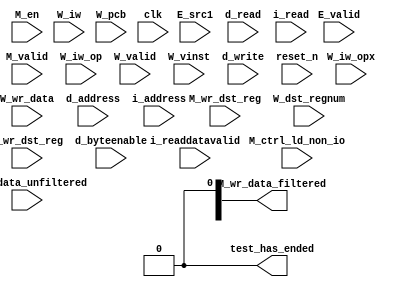
//Legal Notice: (C)2020 Altera Corporation. All rights reserved.  Your
//use of Altera Corporation's design tools, logic functions and other
//software and tools, and its AMPP partner logic functions, and any
//output files any of the foregoing (including device programming or
//simulation files), and any associated documentation or information are
//expressly subject to the terms and conditions of the Altera Program
//License Subscription Agreement or other applicable license agreement,
//including, without limitation, that your use is for the sole purpose
//of programming logic devices manufactured by Altera and sold by Altera
//or its authorized distributors.  Please refer to the applicable
//agreement for further details.

// synthesis translate_off
`timescale 1ns / 1ps
// synthesis translate_on

// turn off superfluous verilog processor warnings 
// altera message_level Level1 
// altera message_off 10034 10035 10036 10037 10230 10240 10030 

module nios_system_nios2_test_bench (
                                      // inputs:
                                       E_src1,
                                       E_valid,
                                       M_ctrl_ld_non_io,
                                       M_en,
                                       M_valid,
                                       M_wr_data_unfiltered,
                                       M_wr_dst_reg,
                                       W_dst_regnum,
                                       W_iw,
                                       W_iw_op,
                                       W_iw_opx,
                                       W_pcb,
                                       W_valid,
                                       W_vinst,
                                       W_wr_data,
                                       W_wr_dst_reg,
                                       clk,
                                       d_address,
                                       d_byteenable,
                                       d_read,
                                       d_write,
                                       i_address,
                                       i_read,
                                       i_readdatavalid,
                                       reset_n,

                                      // outputs:
                                       M_wr_data_filtered,
                                       test_has_ended
                                    )
;

  output  [ 31: 0] M_wr_data_filtered;
  output           test_has_ended;
  input   [ 31: 0] E_src1;
  input            E_valid;
  input            M_ctrl_ld_non_io;
  input            M_en;
  input            M_valid;
  input   [ 31: 0] M_wr_data_unfiltered;
  input            M_wr_dst_reg;
  input   [  4: 0] W_dst_regnum;
  input   [ 31: 0] W_iw;
  input   [  5: 0] W_iw_op;
  input   [  5: 0] W_iw_opx;
  input   [ 20: 0] W_pcb;
  input            W_valid;
  input   [ 55: 0] W_vinst;
  input   [ 31: 0] W_wr_data;
  input            W_wr_dst_reg;
  input            clk;
  input   [ 20: 0] d_address;
  input   [  3: 0] d_byteenable;
  input            d_read;
  input            d_write;
  input   [ 20: 0] i_address;
  input            i_read;
  input            i_readdatavalid;
  input            reset_n;


reg     [ 20: 0] M_target_pcb;
wire    [ 31: 0] M_wr_data_filtered;
wire             M_wr_data_unfiltered_0_is_x;
wire             M_wr_data_unfiltered_10_is_x;
wire             M_wr_data_unfiltered_11_is_x;
wire             M_wr_data_unfiltered_12_is_x;
wire             M_wr_data_unfiltered_13_is_x;
wire             M_wr_data_unfiltered_14_is_x;
wire             M_wr_data_unfiltered_15_is_x;
wire             M_wr_data_unfiltered_16_is_x;
wire             M_wr_data_unfiltered_17_is_x;
wire             M_wr_data_unfiltered_18_is_x;
wire             M_wr_data_unfiltered_19_is_x;
wire             M_wr_data_unfiltered_1_is_x;
wire             M_wr_data_unfiltered_20_is_x;
wire             M_wr_data_unfiltered_21_is_x;
wire             M_wr_data_unfiltered_22_is_x;
wire             M_wr_data_unfiltered_23_is_x;
wire             M_wr_data_unfiltered_24_is_x;
wire             M_wr_data_unfiltered_25_is_x;
wire             M_wr_data_unfiltered_26_is_x;
wire             M_wr_data_unfiltered_27_is_x;
wire             M_wr_data_unfiltered_28_is_x;
wire             M_wr_data_unfiltered_29_is_x;
wire             M_wr_data_unfiltered_2_is_x;
wire             M_wr_data_unfiltered_30_is_x;
wire             M_wr_data_unfiltered_31_is_x;
wire             M_wr_data_unfiltered_3_is_x;
wire             M_wr_data_unfiltered_4_is_x;
wire             M_wr_data_unfiltered_5_is_x;
wire             M_wr_data_unfiltered_6_is_x;
wire             M_wr_data_unfiltered_7_is_x;
wire             M_wr_data_unfiltered_8_is_x;
wire             M_wr_data_unfiltered_9_is_x;
wire             W_op_add;
wire             W_op_addi;
wire             W_op_and;
wire             W_op_andhi;
wire             W_op_andi;
wire             W_op_beq;
wire             W_op_bge;
wire             W_op_bgeu;
wire             W_op_blt;
wire             W_op_bltu;
wire             W_op_bne;
wire             W_op_br;
wire             W_op_break;
wire             W_op_bret;
wire             W_op_call;
wire             W_op_callr;
wire             W_op_cmpeq;
wire             W_op_cmpeqi;
wire             W_op_cmpge;
wire             W_op_cmpgei;
wire             W_op_cmpgeu;
wire             W_op_cmpgeui;
wire             W_op_cmplt;
wire             W_op_cmplti;
wire             W_op_cmpltu;
wire             W_op_cmpltui;
wire             W_op_cmpne;
wire             W_op_cmpnei;
wire             W_op_crst;
wire             W_op_custom;
wire             W_op_div;
wire             W_op_divu;
wire             W_op_eret;
wire             W_op_flushd;
wire             W_op_flushda;
wire             W_op_flushi;
wire             W_op_flushp;
wire             W_op_hbreak;
wire             W_op_initd;
wire             W_op_initda;
wire             W_op_initi;
wire             W_op_intr;
wire             W_op_jmp;
wire             W_op_jmpi;
wire             W_op_ldb;
wire             W_op_ldbio;
wire             W_op_ldbu;
wire             W_op_ldbuio;
wire             W_op_ldh;
wire             W_op_ldhio;
wire             W_op_ldhu;
wire             W_op_ldhuio;
wire             W_op_ldl;
wire             W_op_ldw;
wire             W_op_ldwio;
wire             W_op_mul;
wire             W_op_muli;
wire             W_op_mulxss;
wire             W_op_mulxsu;
wire             W_op_mulxuu;
wire             W_op_nextpc;
wire             W_op_nor;
wire             W_op_opx;
wire             W_op_or;
wire             W_op_orhi;
wire             W_op_ori;
wire             W_op_rdctl;
wire             W_op_rdprs;
wire             W_op_ret;
wire             W_op_rol;
wire             W_op_roli;
wire             W_op_ror;
wire             W_op_rsv02;
wire             W_op_rsv09;
wire             W_op_rsv10;
wire             W_op_rsv17;
wire             W_op_rsv18;
wire             W_op_rsv25;
wire             W_op_rsv26;
wire             W_op_rsv33;
wire             W_op_rsv34;
wire             W_op_rsv41;
wire             W_op_rsv42;
wire             W_op_rsv49;
wire             W_op_rsv57;
wire             W_op_rsv61;
wire             W_op_rsv62;
wire             W_op_rsv63;
wire             W_op_rsvx00;
wire             W_op_rsvx10;
wire             W_op_rsvx15;
wire             W_op_rsvx17;
wire             W_op_rsvx21;
wire             W_op_rsvx25;
wire             W_op_rsvx33;
wire             W_op_rsvx34;
wire             W_op_rsvx35;
wire             W_op_rsvx42;
wire             W_op_rsvx43;
wire             W_op_rsvx44;
wire             W_op_rsvx47;
wire             W_op_rsvx50;
wire             W_op_rsvx51;
wire             W_op_rsvx55;
wire             W_op_rsvx56;
wire             W_op_rsvx60;
wire             W_op_rsvx63;
wire             W_op_sll;
wire             W_op_slli;
wire             W_op_sra;
wire             W_op_srai;
wire             W_op_srl;
wire             W_op_srli;
wire             W_op_stb;
wire             W_op_stbio;
wire             W_op_stc;
wire             W_op_sth;
wire             W_op_sthio;
wire             W_op_stw;
wire             W_op_stwio;
wire             W_op_sub;
wire             W_op_sync;
wire             W_op_trap;
wire             W_op_wrctl;
wire             W_op_wrprs;
wire             W_op_xor;
wire             W_op_xorhi;
wire             W_op_xori;
wire             test_has_ended;
  assign W_op_call = W_iw_op == 0;
  assign W_op_jmpi = W_iw_op == 1;
  assign W_op_ldbu = W_iw_op == 3;
  assign W_op_addi = W_iw_op == 4;
  assign W_op_stb = W_iw_op == 5;
  assign W_op_br = W_iw_op == 6;
  assign W_op_ldb = W_iw_op == 7;
  assign W_op_cmpgei = W_iw_op == 8;
  assign W_op_ldhu = W_iw_op == 11;
  assign W_op_andi = W_iw_op == 12;
  assign W_op_sth = W_iw_op == 13;
  assign W_op_bge = W_iw_op == 14;
  assign W_op_ldh = W_iw_op == 15;
  assign W_op_cmplti = W_iw_op == 16;
  assign W_op_initda = W_iw_op == 19;
  assign W_op_ori = W_iw_op == 20;
  assign W_op_stw = W_iw_op == 21;
  assign W_op_blt = W_iw_op == 22;
  assign W_op_ldw = W_iw_op == 23;
  assign W_op_cmpnei = W_iw_op == 24;
  assign W_op_flushda = W_iw_op == 27;
  assign W_op_xori = W_iw_op == 28;
  assign W_op_stc = W_iw_op == 29;
  assign W_op_bne = W_iw_op == 30;
  assign W_op_ldl = W_iw_op == 31;
  assign W_op_cmpeqi = W_iw_op == 32;
  assign W_op_ldbuio = W_iw_op == 35;
  assign W_op_muli = W_iw_op == 36;
  assign W_op_stbio = W_iw_op == 37;
  assign W_op_beq = W_iw_op == 38;
  assign W_op_ldbio = W_iw_op == 39;
  assign W_op_cmpgeui = W_iw_op == 40;
  assign W_op_ldhuio = W_iw_op == 43;
  assign W_op_andhi = W_iw_op == 44;
  assign W_op_sthio = W_iw_op == 45;
  assign W_op_bgeu = W_iw_op == 46;
  assign W_op_ldhio = W_iw_op == 47;
  assign W_op_cmpltui = W_iw_op == 48;
  assign W_op_initd = W_iw_op == 51;
  assign W_op_orhi = W_iw_op == 52;
  assign W_op_stwio = W_iw_op == 53;
  assign W_op_bltu = W_iw_op == 54;
  assign W_op_ldwio = W_iw_op == 55;
  assign W_op_rdprs = W_iw_op == 56;
  assign W_op_flushd = W_iw_op == 59;
  assign W_op_xorhi = W_iw_op == 60;
  assign W_op_rsv02 = W_iw_op == 2;
  assign W_op_rsv09 = W_iw_op == 9;
  assign W_op_rsv10 = W_iw_op == 10;
  assign W_op_rsv17 = W_iw_op == 17;
  assign W_op_rsv18 = W_iw_op == 18;
  assign W_op_rsv25 = W_iw_op == 25;
  assign W_op_rsv26 = W_iw_op == 26;
  assign W_op_rsv33 = W_iw_op == 33;
  assign W_op_rsv34 = W_iw_op == 34;
  assign W_op_rsv41 = W_iw_op == 41;
  assign W_op_rsv42 = W_iw_op == 42;
  assign W_op_rsv49 = W_iw_op == 49;
  assign W_op_rsv57 = W_iw_op == 57;
  assign W_op_rsv61 = W_iw_op == 61;
  assign W_op_rsv62 = W_iw_op == 62;
  assign W_op_rsv63 = W_iw_op == 63;
  assign W_op_eret = W_op_opx & (W_iw_opx == 1);
  assign W_op_roli = W_op_opx & (W_iw_opx == 2);
  assign W_op_rol = W_op_opx & (W_iw_opx == 3);
  assign W_op_flushp = W_op_opx & (W_iw_opx == 4);
  assign W_op_ret = W_op_opx & (W_iw_opx == 5);
  assign W_op_nor = W_op_opx & (W_iw_opx == 6);
  assign W_op_mulxuu = W_op_opx & (W_iw_opx == 7);
  assign W_op_cmpge = W_op_opx & (W_iw_opx == 8);
  assign W_op_bret = W_op_opx & (W_iw_opx == 9);
  assign W_op_ror = W_op_opx & (W_iw_opx == 11);
  assign W_op_flushi = W_op_opx & (W_iw_opx == 12);
  assign W_op_jmp = W_op_opx & (W_iw_opx == 13);
  assign W_op_and = W_op_opx & (W_iw_opx == 14);
  assign W_op_cmplt = W_op_opx & (W_iw_opx == 16);
  assign W_op_slli = W_op_opx & (W_iw_opx == 18);
  assign W_op_sll = W_op_opx & (W_iw_opx == 19);
  assign W_op_wrprs = W_op_opx & (W_iw_opx == 20);
  assign W_op_or = W_op_opx & (W_iw_opx == 22);
  assign W_op_mulxsu = W_op_opx & (W_iw_opx == 23);
  assign W_op_cmpne = W_op_opx & (W_iw_opx == 24);
  assign W_op_srli = W_op_opx & (W_iw_opx == 26);
  assign W_op_srl = W_op_opx & (W_iw_opx == 27);
  assign W_op_nextpc = W_op_opx & (W_iw_opx == 28);
  assign W_op_callr = W_op_opx & (W_iw_opx == 29);
  assign W_op_xor = W_op_opx & (W_iw_opx == 30);
  assign W_op_mulxss = W_op_opx & (W_iw_opx == 31);
  assign W_op_cmpeq = W_op_opx & (W_iw_opx == 32);
  assign W_op_divu = W_op_opx & (W_iw_opx == 36);
  assign W_op_div = W_op_opx & (W_iw_opx == 37);
  assign W_op_rdctl = W_op_opx & (W_iw_opx == 38);
  assign W_op_mul = W_op_opx & (W_iw_opx == 39);
  assign W_op_cmpgeu = W_op_opx & (W_iw_opx == 40);
  assign W_op_initi = W_op_opx & (W_iw_opx == 41);
  assign W_op_trap = W_op_opx & (W_iw_opx == 45);
  assign W_op_wrctl = W_op_opx & (W_iw_opx == 46);
  assign W_op_cmpltu = W_op_opx & (W_iw_opx == 48);
  assign W_op_add = W_op_opx & (W_iw_opx == 49);
  assign W_op_break = W_op_opx & (W_iw_opx == 52);
  assign W_op_hbreak = W_op_opx & (W_iw_opx == 53);
  assign W_op_sync = W_op_opx & (W_iw_opx == 54);
  assign W_op_sub = W_op_opx & (W_iw_opx == 57);
  assign W_op_srai = W_op_opx & (W_iw_opx == 58);
  assign W_op_sra = W_op_opx & (W_iw_opx == 59);
  assign W_op_intr = W_op_opx & (W_iw_opx == 61);
  assign W_op_crst = W_op_opx & (W_iw_opx == 62);
  assign W_op_rsvx00 = W_op_opx & (W_iw_opx == 0);
  assign W_op_rsvx10 = W_op_opx & (W_iw_opx == 10);
  assign W_op_rsvx15 = W_op_opx & (W_iw_opx == 15);
  assign W_op_rsvx17 = W_op_opx & (W_iw_opx == 17);
  assign W_op_rsvx21 = W_op_opx & (W_iw_opx == 21);
  assign W_op_rsvx25 = W_op_opx & (W_iw_opx == 25);
  assign W_op_rsvx33 = W_op_opx & (W_iw_opx == 33);
  assign W_op_rsvx34 = W_op_opx & (W_iw_opx == 34);
  assign W_op_rsvx35 = W_op_opx & (W_iw_opx == 35);
  assign W_op_rsvx42 = W_op_opx & (W_iw_opx == 42);
  assign W_op_rsvx43 = W_op_opx & (W_iw_opx == 43);
  assign W_op_rsvx44 = W_op_opx & (W_iw_opx == 44);
  assign W_op_rsvx47 = W_op_opx & (W_iw_opx == 47);
  assign W_op_rsvx50 = W_op_opx & (W_iw_opx == 50);
  assign W_op_rsvx51 = W_op_opx & (W_iw_opx == 51);
  assign W_op_rsvx55 = W_op_opx & (W_iw_opx == 55);
  assign W_op_rsvx56 = W_op_opx & (W_iw_opx == 56);
  assign W_op_rsvx60 = W_op_opx & (W_iw_opx == 60);
  assign W_op_rsvx63 = W_op_opx & (W_iw_opx == 63);
  assign W_op_opx = W_iw_op == 58;
  assign W_op_custom = W_iw_op == 50;
  always @(posedge clk or negedge reset_n)
    begin
      if (reset_n == 0)
          M_target_pcb <= 0;
      else if (M_en)
          M_target_pcb <= E_src1[20 : 0];
    end


  assign test_has_ended = 1'b0;

//synthesis translate_off
//////////////// SIMULATION-ONLY CONTENTS
  //Clearing 'X' data bits
  assign M_wr_data_unfiltered_0_is_x = ^(M_wr_data_unfiltered[0]) === 1'bx;

  assign M_wr_data_filtered[0] = (M_wr_data_unfiltered_0_is_x & (M_ctrl_ld_non_io)) ? 1'b0 : M_wr_data_unfiltered[0];
  assign M_wr_data_unfiltered_1_is_x = ^(M_wr_data_unfiltered[1]) === 1'bx;
  assign M_wr_data_filtered[1] = (M_wr_data_unfiltered_1_is_x & (M_ctrl_ld_non_io)) ? 1'b0 : M_wr_data_unfiltered[1];
  assign M_wr_data_unfiltered_2_is_x = ^(M_wr_data_unfiltered[2]) === 1'bx;
  assign M_wr_data_filtered[2] = (M_wr_data_unfiltered_2_is_x & (M_ctrl_ld_non_io)) ? 1'b0 : M_wr_data_unfiltered[2];
  assign M_wr_data_unfiltered_3_is_x = ^(M_wr_data_unfiltered[3]) === 1'bx;
  assign M_wr_data_filtered[3] = (M_wr_data_unfiltered_3_is_x & (M_ctrl_ld_non_io)) ? 1'b0 : M_wr_data_unfiltered[3];
  assign M_wr_data_unfiltered_4_is_x = ^(M_wr_data_unfiltered[4]) === 1'bx;
  assign M_wr_data_filtered[4] = (M_wr_data_unfiltered_4_is_x & (M_ctrl_ld_non_io)) ? 1'b0 : M_wr_data_unfiltered[4];
  assign M_wr_data_unfiltered_5_is_x = ^(M_wr_data_unfiltered[5]) === 1'bx;
  assign M_wr_data_filtered[5] = (M_wr_data_unfiltered_5_is_x & (M_ctrl_ld_non_io)) ? 1'b0 : M_wr_data_unfiltered[5];
  assign M_wr_data_unfiltered_6_is_x = ^(M_wr_data_unfiltered[6]) === 1'bx;
  assign M_wr_data_filtered[6] = (M_wr_data_unfiltered_6_is_x & (M_ctrl_ld_non_io)) ? 1'b0 : M_wr_data_unfiltered[6];
  assign M_wr_data_unfiltered_7_is_x = ^(M_wr_data_unfiltered[7]) === 1'bx;
  assign M_wr_data_filtered[7] = (M_wr_data_unfiltered_7_is_x & (M_ctrl_ld_non_io)) ? 1'b0 : M_wr_data_unfiltered[7];
  assign M_wr_data_unfiltered_8_is_x = ^(M_wr_data_unfiltered[8]) === 1'bx;
  assign M_wr_data_filtered[8] = (M_wr_data_unfiltered_8_is_x & (M_ctrl_ld_non_io)) ? 1'b0 : M_wr_data_unfiltered[8];
  assign M_wr_data_unfiltered_9_is_x = ^(M_wr_data_unfiltered[9]) === 1'bx;
  assign M_wr_data_filtered[9] = (M_wr_data_unfiltered_9_is_x & (M_ctrl_ld_non_io)) ? 1'b0 : M_wr_data_unfiltered[9];
  assign M_wr_data_unfiltered_10_is_x = ^(M_wr_data_unfiltered[10]) === 1'bx;
  assign M_wr_data_filtered[10] = (M_wr_data_unfiltered_10_is_x & (M_ctrl_ld_non_io)) ? 1'b0 : M_wr_data_unfiltered[10];
  assign M_wr_data_unfiltered_11_is_x = ^(M_wr_data_unfiltered[11]) === 1'bx;
  assign M_wr_data_filtered[11] = (M_wr_data_unfiltered_11_is_x & (M_ctrl_ld_non_io)) ? 1'b0 : M_wr_data_unfiltered[11];
  assign M_wr_data_unfiltered_12_is_x = ^(M_wr_data_unfiltered[12]) === 1'bx;
  assign M_wr_data_filtered[12] = (M_wr_data_unfiltered_12_is_x & (M_ctrl_ld_non_io)) ? 1'b0 : M_wr_data_unfiltered[12];
  assign M_wr_data_unfiltered_13_is_x = ^(M_wr_data_unfiltered[13]) === 1'bx;
  assign M_wr_data_filtered[13] = (M_wr_data_unfiltered_13_is_x & (M_ctrl_ld_non_io)) ? 1'b0 : M_wr_data_unfiltered[13];
  assign M_wr_data_unfiltered_14_is_x = ^(M_wr_data_unfiltered[14]) === 1'bx;
  assign M_wr_data_filtered[14] = (M_wr_data_unfiltered_14_is_x & (M_ctrl_ld_non_io)) ? 1'b0 : M_wr_data_unfiltered[14];
  assign M_wr_data_unfiltered_15_is_x = ^(M_wr_data_unfiltered[15]) === 1'bx;
  assign M_wr_data_filtered[15] = (M_wr_data_unfiltered_15_is_x & (M_ctrl_ld_non_io)) ? 1'b0 : M_wr_data_unfiltered[15];
  assign M_wr_data_unfiltered_16_is_x = ^(M_wr_data_unfiltered[16]) === 1'bx;
  assign M_wr_data_filtered[16] = (M_wr_data_unfiltered_16_is_x & (M_ctrl_ld_non_io)) ? 1'b0 : M_wr_data_unfiltered[16];
  assign M_wr_data_unfiltered_17_is_x = ^(M_wr_data_unfiltered[17]) === 1'bx;
  assign M_wr_data_filtered[17] = (M_wr_data_unfiltered_17_is_x & (M_ctrl_ld_non_io)) ? 1'b0 : M_wr_data_unfiltered[17];
  assign M_wr_data_unfiltered_18_is_x = ^(M_wr_data_unfiltered[18]) === 1'bx;
  assign M_wr_data_filtered[18] = (M_wr_data_unfiltered_18_is_x & (M_ctrl_ld_non_io)) ? 1'b0 : M_wr_data_unfiltered[18];
  assign M_wr_data_unfiltered_19_is_x = ^(M_wr_data_unfiltered[19]) === 1'bx;
  assign M_wr_data_filtered[19] = (M_wr_data_unfiltered_19_is_x & (M_ctrl_ld_non_io)) ? 1'b0 : M_wr_data_unfiltered[19];
  assign M_wr_data_unfiltered_20_is_x = ^(M_wr_data_unfiltered[20]) === 1'bx;
  assign M_wr_data_filtered[20] = (M_wr_data_unfiltered_20_is_x & (M_ctrl_ld_non_io)) ? 1'b0 : M_wr_data_unfiltered[20];
  assign M_wr_data_unfiltered_21_is_x = ^(M_wr_data_unfiltered[21]) === 1'bx;
  assign M_wr_data_filtered[21] = (M_wr_data_unfiltered_21_is_x & (M_ctrl_ld_non_io)) ? 1'b0 : M_wr_data_unfiltered[21];
  assign M_wr_data_unfiltered_22_is_x = ^(M_wr_data_unfiltered[22]) === 1'bx;
  assign M_wr_data_filtered[22] = (M_wr_data_unfiltered_22_is_x & (M_ctrl_ld_non_io)) ? 1'b0 : M_wr_data_unfiltered[22];
  assign M_wr_data_unfiltered_23_is_x = ^(M_wr_data_unfiltered[23]) === 1'bx;
  assign M_wr_data_filtered[23] = (M_wr_data_unfiltered_23_is_x & (M_ctrl_ld_non_io)) ? 1'b0 : M_wr_data_unfiltered[23];
  assign M_wr_data_unfiltered_24_is_x = ^(M_wr_data_unfiltered[24]) === 1'bx;
  assign M_wr_data_filtered[24] = (M_wr_data_unfiltered_24_is_x & (M_ctrl_ld_non_io)) ? 1'b0 : M_wr_data_unfiltered[24];
  assign M_wr_data_unfiltered_25_is_x = ^(M_wr_data_unfiltered[25]) === 1'bx;
  assign M_wr_data_filtered[25] = (M_wr_data_unfiltered_25_is_x & (M_ctrl_ld_non_io)) ? 1'b0 : M_wr_data_unfiltered[25];
  assign M_wr_data_unfiltered_26_is_x = ^(M_wr_data_unfiltered[26]) === 1'bx;
  assign M_wr_data_filtered[26] = (M_wr_data_unfiltered_26_is_x & (M_ctrl_ld_non_io)) ? 1'b0 : M_wr_data_unfiltered[26];
  assign M_wr_data_unfiltered_27_is_x = ^(M_wr_data_unfiltered[27]) === 1'bx;
  assign M_wr_data_filtered[27] = (M_wr_data_unfiltered_27_is_x & (M_ctrl_ld_non_io)) ? 1'b0 : M_wr_data_unfiltered[27];
  assign M_wr_data_unfiltered_28_is_x = ^(M_wr_data_unfiltered[28]) === 1'bx;
  assign M_wr_data_filtered[28] = (M_wr_data_unfiltered_28_is_x & (M_ctrl_ld_non_io)) ? 1'b0 : M_wr_data_unfiltered[28];
  assign M_wr_data_unfiltered_29_is_x = ^(M_wr_data_unfiltered[29]) === 1'bx;
  assign M_wr_data_filtered[29] = (M_wr_data_unfiltered_29_is_x & (M_ctrl_ld_non_io)) ? 1'b0 : M_wr_data_unfiltered[29];
  assign M_wr_data_unfiltered_30_is_x = ^(M_wr_data_unfiltered[30]) === 1'bx;
  assign M_wr_data_filtered[30] = (M_wr_data_unfiltered_30_is_x & (M_ctrl_ld_non_io)) ? 1'b0 : M_wr_data_unfiltered[30];
  assign M_wr_data_unfiltered_31_is_x = ^(M_wr_data_unfiltered[31]) === 1'bx;
  assign M_wr_data_filtered[31] = (M_wr_data_unfiltered_31_is_x & (M_ctrl_ld_non_io)) ? 1'b0 : M_wr_data_unfiltered[31];
  always @(posedge clk)
    begin
      if (reset_n)
          if (^(W_wr_dst_reg) === 1'bx)
            begin
              $write("%0d ns: ERROR: nios_system_nios2_test_bench/W_wr_dst_reg is 'x'\n", $time);
              $stop;
            end
    end


  always @(posedge clk or negedge reset_n)
    begin
      if (reset_n == 0)
        begin
        end
      else if (W_wr_dst_reg)
          if (^(W_dst_regnum) === 1'bx)
            begin
              $write("%0d ns: ERROR: nios_system_nios2_test_bench/W_dst_regnum is 'x'\n", $time);
              $stop;
            end
    end


  always @(posedge clk or negedge reset_n)
    begin
      if (reset_n == 0)
        begin
        end
      else if (W_wr_dst_reg)
          if (^(W_wr_data) === 1'bx)
            begin
              $write("%0d ns: ERROR: nios_system_nios2_test_bench/W_wr_data is 'x'\n", $time);
              $stop;
            end
    end


  always @(posedge clk)
    begin
      if (reset_n)
          if (^(W_valid) === 1'bx)
            begin
              $write("%0d ns: ERROR: nios_system_nios2_test_bench/W_valid is 'x'\n", $time);
              $stop;
            end
    end


  always @(posedge clk or negedge reset_n)
    begin
      if (reset_n == 0)
        begin
        end
      else if (W_valid)
          if (^(W_pcb) === 1'bx)
            begin
              $write("%0d ns: ERROR: nios_system_nios2_test_bench/W_pcb is 'x'\n", $time);
              $stop;
            end
    end


  always @(posedge clk or negedge reset_n)
    begin
      if (reset_n == 0)
        begin
        end
      else if (W_valid)
          if (^(W_iw) === 1'bx)
            begin
              $write("%0d ns: ERROR: nios_system_nios2_test_bench/W_iw is 'x'\n", $time);
              $stop;
            end
    end


  always @(posedge clk)
    begin
      if (reset_n)
          if (^(M_en) === 1'bx)
            begin
              $write("%0d ns: ERROR: nios_system_nios2_test_bench/M_en is 'x'\n", $time);
              $stop;
            end
    end


  always @(posedge clk)
    begin
      if (reset_n)
          if (^(E_valid) === 1'bx)
            begin
              $write("%0d ns: ERROR: nios_system_nios2_test_bench/E_valid is 'x'\n", $time);
              $stop;
            end
    end


  always @(posedge clk)
    begin
      if (reset_n)
          if (^(M_valid) === 1'bx)
            begin
              $write("%0d ns: ERROR: nios_system_nios2_test_bench/M_valid is 'x'\n", $time);
              $stop;
            end
    end


  always @(posedge clk or negedge reset_n)
    begin
      if (reset_n == 0)
        begin
        end
      else if (M_valid & M_en & M_wr_dst_reg)
          if (^(M_wr_data_unfiltered) === 1'bx)
            begin
              $write("%0d ns: WARNING: nios_system_nios2_test_bench/M_wr_data_unfiltered is 'x'\n", $time);
            end
    end


  always @(posedge clk)
    begin
      if (reset_n)
          if (^(i_read) === 1'bx)
            begin
              $write("%0d ns: ERROR: nios_system_nios2_test_bench/i_read is 'x'\n", $time);
              $stop;
            end
    end


  always @(posedge clk or negedge reset_n)
    begin
      if (reset_n == 0)
        begin
        end
      else if (i_read)
          if (^(i_address) === 1'bx)
            begin
              $write("%0d ns: ERROR: nios_system_nios2_test_bench/i_address is 'x'\n", $time);
              $stop;
            end
    end


  always @(posedge clk)
    begin
      if (reset_n)
          if (^(i_readdatavalid) === 1'bx)
            begin
              $write("%0d ns: ERROR: nios_system_nios2_test_bench/i_readdatavalid is 'x'\n", $time);
              $stop;
            end
    end


  always @(posedge clk)
    begin
      if (reset_n)
          if (^(d_write) === 1'bx)
            begin
              $write("%0d ns: ERROR: nios_system_nios2_test_bench/d_write is 'x'\n", $time);
              $stop;
            end
    end


  always @(posedge clk or negedge reset_n)
    begin
      if (reset_n == 0)
        begin
        end
      else if (d_write)
          if (^(d_byteenable) === 1'bx)
            begin
              $write("%0d ns: ERROR: nios_system_nios2_test_bench/d_byteenable is 'x'\n", $time);
              $stop;
            end
    end


  always @(posedge clk or negedge reset_n)
    begin
      if (reset_n == 0)
        begin
        end
      else if (d_write | d_read)
          if (^(d_address) === 1'bx)
            begin
              $write("%0d ns: ERROR: nios_system_nios2_test_bench/d_address is 'x'\n", $time);
              $stop;
            end
    end


  always @(posedge clk)
    begin
      if (reset_n)
          if (^(d_read) === 1'bx)
            begin
              $write("%0d ns: ERROR: nios_system_nios2_test_bench/d_read is 'x'\n", $time);
              $stop;
            end
    end



//////////////// END SIMULATION-ONLY CONTENTS

//synthesis translate_on
//synthesis read_comments_as_HDL on
//  
//  assign M_wr_data_filtered = M_wr_data_unfiltered;
//
//synthesis read_comments_as_HDL off

endmodule